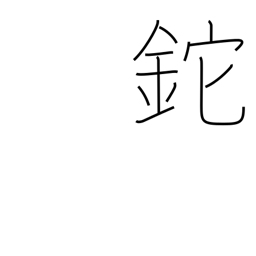
Meaning: hatchet